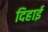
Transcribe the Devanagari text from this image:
दिहाई